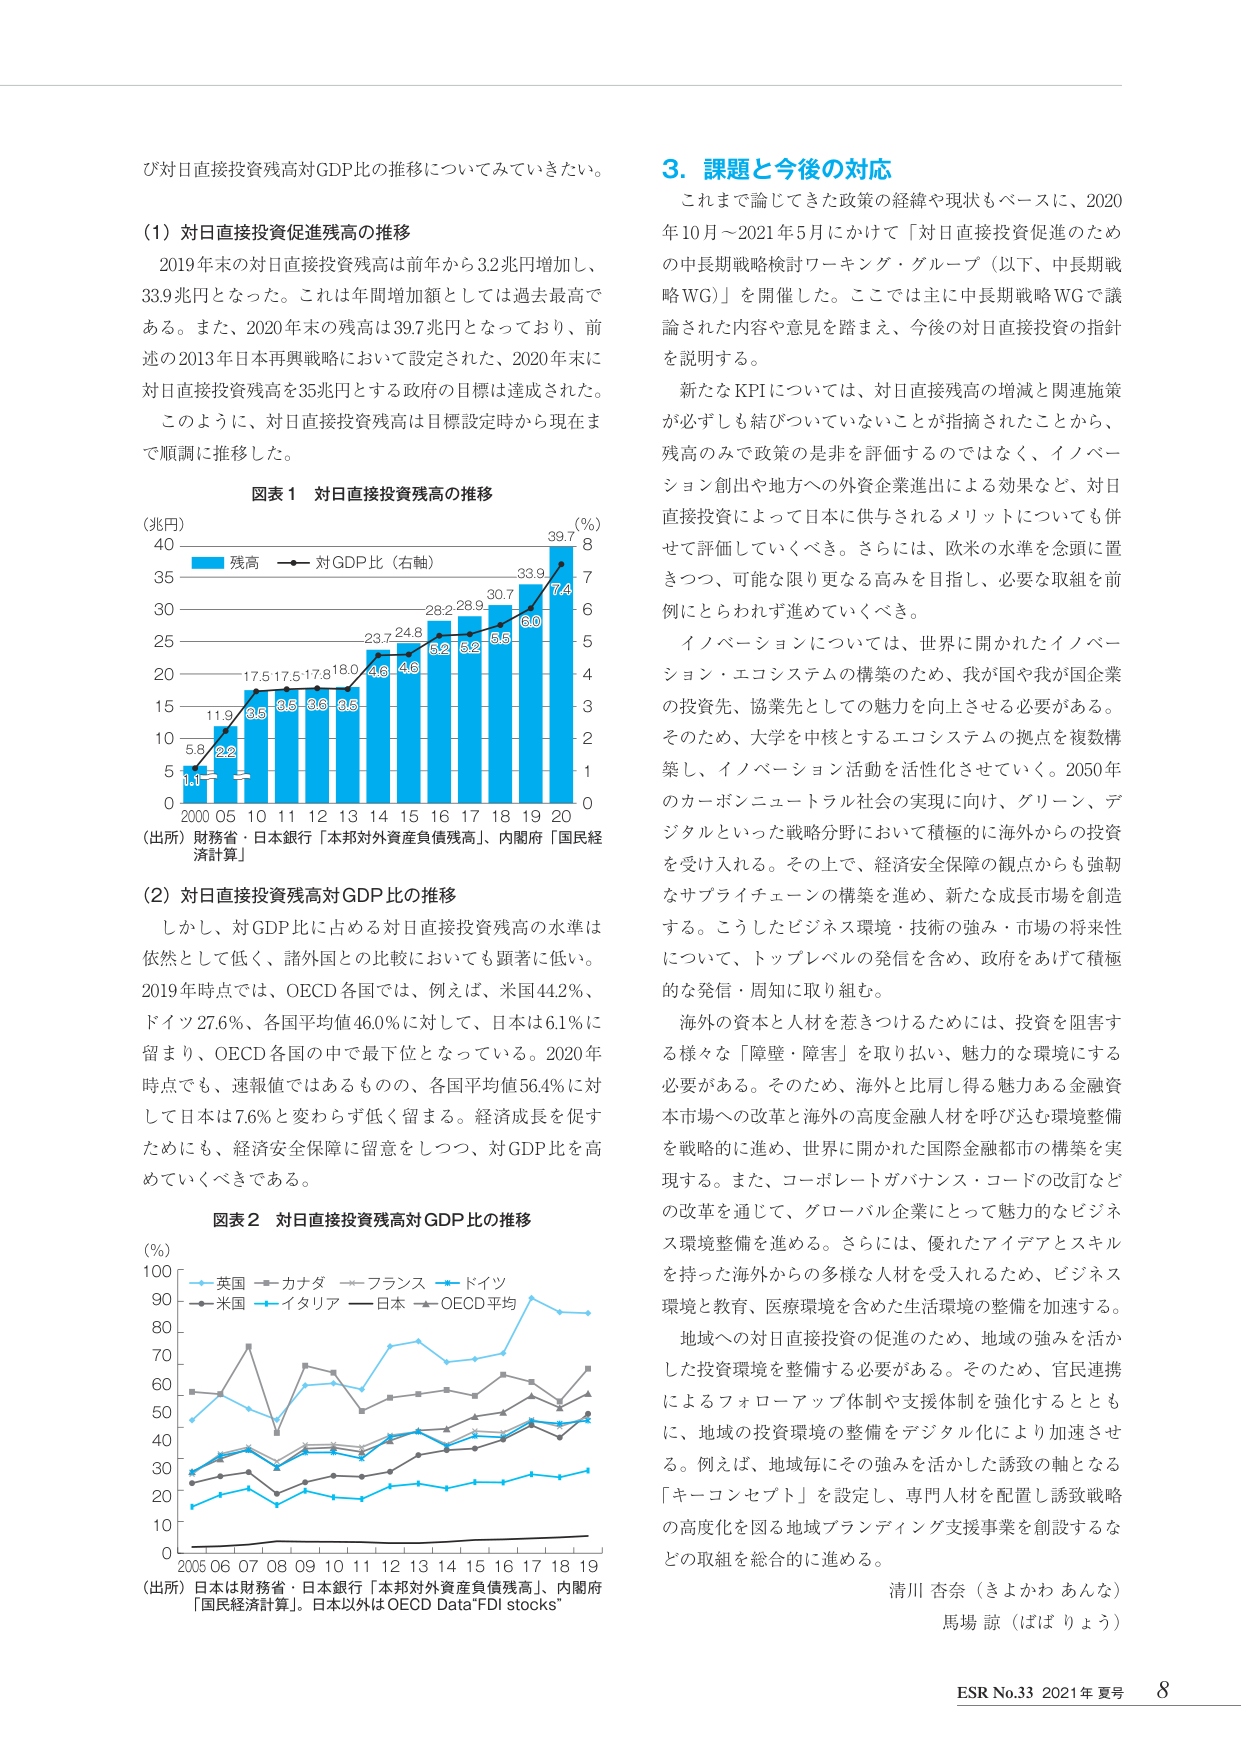
び対日直接投資残高対GDP比の推移についてみてきたい。

（1）対日直接投資促進残高の推移
2019年末の対日直接投資残高は前年から3.2兆円増加し、
33.9兆円となった。これは年間増加額としては過去最高で
ある。また、2020年末の残高は39.7兆円となっており、前
述の2013年日本再興戦略において設定された、2020年末に
対日直接投資残高を35兆円とする政府の目標は達成された。
このように、対日直接投資残高は目標設定時から現在ま
で順調に推移した。

図表1 対日直接投資残高の推移
（兆円）
40
35
30
25
20
15
10
5
0
2000 05 10 11 12 13 14 15 16 17 18 19 20
（出所）財務省・日本銀行「本邦対外資産負債残高」、内閣府「国民経
済計算」
残高
対GDP比（右軸）
（％）
8
7
6
5
4
3
2
1
0
1.1
5.8
11.9
17.5
17.5
17.8
18.0
23.7
24.8
28.2
28.9
30.7
33.9
39.7
2.2
3.5
3.6
3.6
3.5
4.6
4.6
5.2
5.2
5.5
6.0
7.4

（2）対日直接投資残高対GDP比の推移
しかし、対GDP比に占める対日直接投資残高の水準は
依然として低く、諸外国との比較においても顕著に低い。
2019年時点では、OECD各国では、例えば、米国44.2％、
ドイツ27.6％、各国平均値46.0％に対して、日本は6.1％に
留まり、OECD各国の中で最下位となっている。2020年
時点でも、速報値ではあるものの、各国平均値56.4％に対
して日本は7.6％と変わらず低く留まる。経済成長を促す
ためにも、経済安全保障に留意をしつつ、対GDP比を高
めていくべきである。

図表2 対日直接投資残高対GDP比の推移
（％）
100
90
80
70
60
50
40
30
20
10
0
2005 06 07 08 09 10 11 12 13 14 15 16 17 18 19
（出所）日本は財務省・日本銀行「本邦対外資産負債残高」、内閣府
「国民経済計算」。日本以外はOECD Data"FDI stocks"
英国
カナダ
フランス
ドイツ
米国
イタリア
日本
OECD平均

3．課題と今後の対応
これまで論じてきた政策の経緯や現状もベースに、2020
年10月～2021年5月にかけて「対日直接投資促進のため
の中長期戦略検討ワーキング・グループ（以下、中長期戦
略WG）」を開催した。ここでは主に中長期戦略WGで議
論された内容や意見を踏まえ、今後の対日直接投資の指針
を説明する。
新たなKPIについては、対日直接残高の増減と関連施策
が必ずしも結びついていないことが指摘されたことから、
残高のみで政策の是非を評価するのではなく、イノベー
ション創出や地方への外資企業進出による効果など、対日
直接投資によって日本に供与されるメリットについても併
せて評価していくべき。さらには、欧米の水準を念頭に置
きつつ、可能な限り更なる高みを目指し、必要な取組を前
例にとらわれず進めていくべき。
イノベーションについては、世界に開かれたイノベー
ション・エコシステムの構築のため、我が国や我が国企業
の投資先、協業先としての魅力を向上させる必要がある。
そのため、大学を中核とするエコシステムの拠点を複数構
築し、イノベーション活動を活性化させていく。2050年
のカーボンニュートラル社会の実現に向け、グリーン、デ
ジタルといった戦略分野において積極的に海外からの投資
を受け入れる。その上で、経済安全保障の観点からも強靭
なサプライチェーンの構築を進め、新たな成長市場を創造
する。こうしたビジネス環境・技術の強み・市場の将来性
について、トップレベルの発信を含め、政府をあげて積極
的な発信・周知に取り組む。
海外の資本と人材を惹きつけるためには、投資を阻害す
る様々な「障壁・障害」を取り払い、魅力的な環境にする
必要がある。そのため、海外と比肩し得る魅力ある金融資
本市場への改革と海外の高度金融人材を呼び込む環境整備
を戦略的に進め、世界に開かれた国際金融都市の構築を実
現する。また、コーポレートガバナンス・コードの改訂など
の改革を通じて、グローバル企業にとって魅力的なビジネ
ス環境整備を進める。さらには、優れたアイデアとスキル
を持った海外からの多様な人材を受け入れるため、ビジネス
環境と教育、医療環境を含めた生活環境の整備を加速する。
地域への対日直接投資の促進のため、地域の強みを活か
した投資環境を整備する必要がある。そのため、官民連携
によるフォローアップ体制や支援体制を強化するととも
に、地域の投資環境の整備をデジタル化により加速させ
る。例えば、地域毎にその強みを活かした誘致の軸となる
「キーコンセプト」を設定し、専門人材を配置し誘致戦略
の高度化を図る地域プランディング支援事業を創設するな
どの取組を総合的に進める。

清川 杏奈（きよかわ あんな）
馬場 諒（ばば りょう）

ESR No.33 2021年 夏号 8